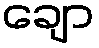
ချော